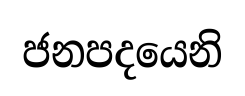
ජනපදයෙනි